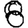
Digit: 8